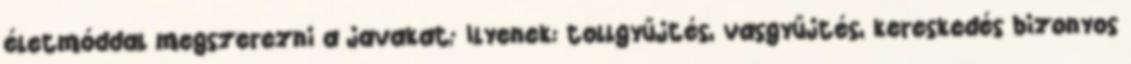
életmóddal megszerezni a javakat; Ilyenek: tollgyűjtés, vasgyűjtés, kereskedés bizonyos